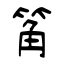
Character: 䇶